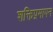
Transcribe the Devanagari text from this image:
शक्तिप्रमापन